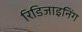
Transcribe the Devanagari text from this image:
रिडिजाइनिंग